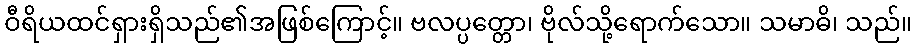
ဝီရိယထင်ရှားရှိသည်၏အဖြစ်ကြောင့်။ ဗလပ္ပတ္တော၊ ဗိုလ်သို့ရောက်သော။ သမာဓိ၊ သည်။